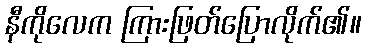
နီကိုလေက ကြားဖြတ်ပြောလိုက်၏။